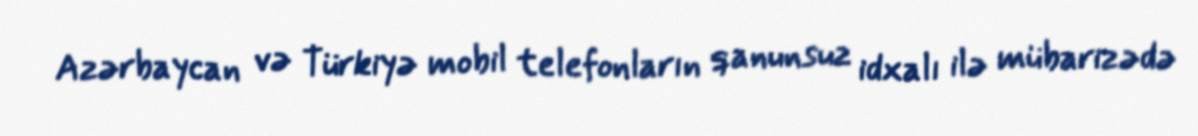
Azərbaycan və Türkiyə mobil telefonların qanunsuz idxalı ilə mübarizədə